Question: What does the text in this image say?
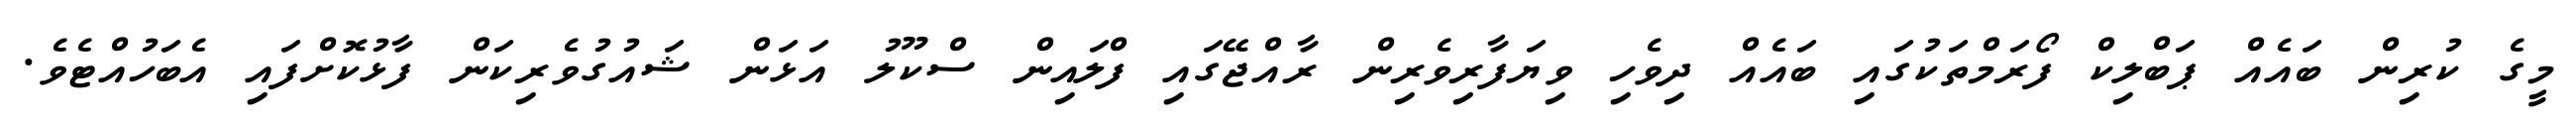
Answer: މީގެ ކުރިން ބައެއް ޕަބްލިކް ފޯރަމްތަކުގައި ބައެއް ދިވެހި ވިޔަފާރިވެރިން ރާއްޖޭގައި ފްލައިން ސްކޫލު އަޅަން ޝައުގުވެރިކަން ފާޅުކޮށްފައި އެބަހުއްޓެވެ.